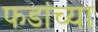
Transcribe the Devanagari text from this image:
फडांच्या